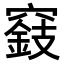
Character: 𥨓